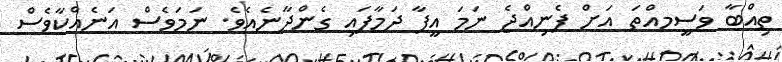
ތިއްބާ ވަސީމއްތަ އަށް ފެނިއްޖެ ނަމަ އީފާ ދަމާފައި ގެންދާނެއެވެ. ނަމަވެސް އަނެއްކާވެސް